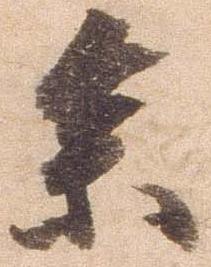
参